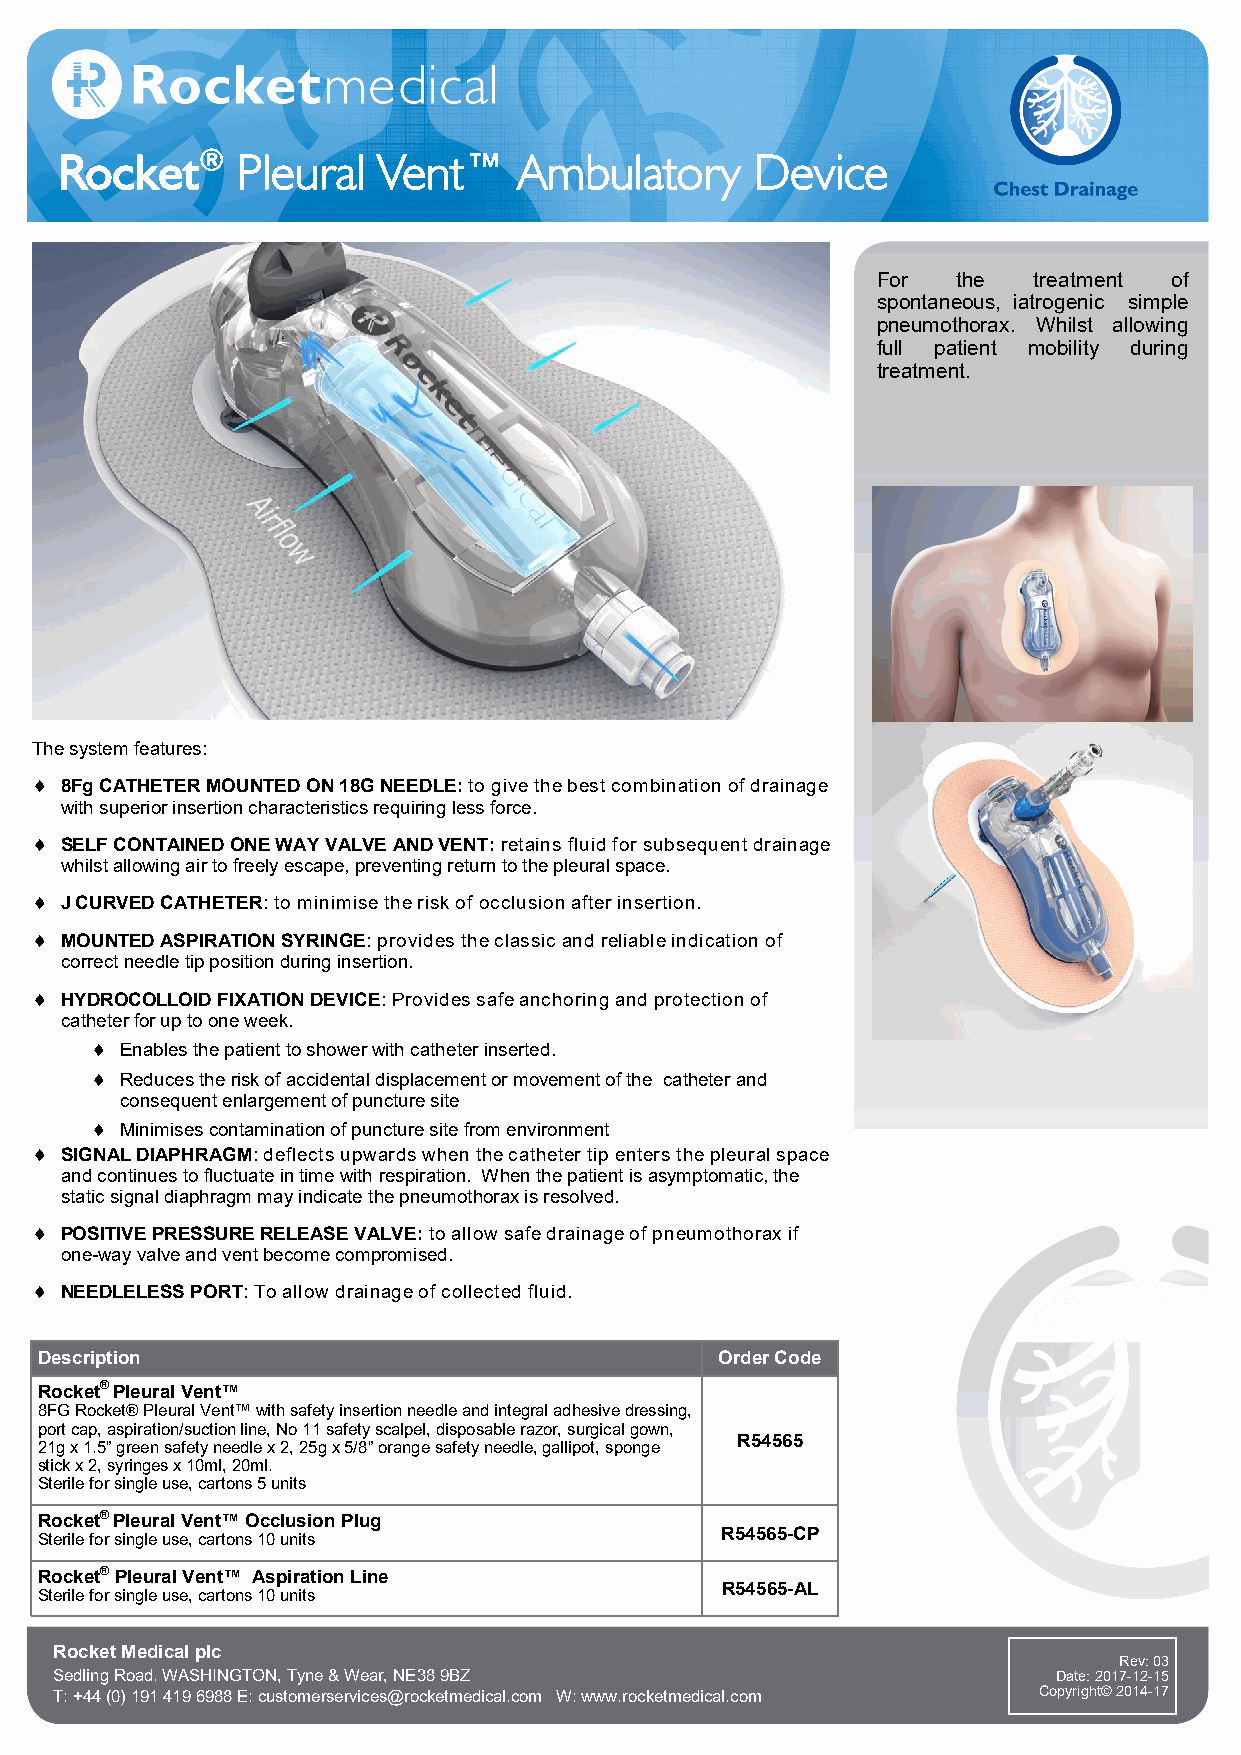
Rocket®     Pleural  Vent™    Ambulatory      Device
 For  the  treatment of
 spontaneous, iatrogenic simple
 pneumothorax. Whilst allowing
 full patient mobility during
 treatment.
 The system features:
  8Fg CATHETER MOUNTED ON 18G NEEDLE: to give the best combination of drainage
 with superior insertion characteristics requiring less force.
  SELF CONTAINED ONE WAY VALVE AND VENT: retains fluid for subsequent drainage
 whilst allowing air to freely escape, preventing return to the pleural space.
  J CURVED CATHETER: to minimise the risk of occlusion after insertion.
  MOUNTED ASPIRATION SYRINGE: provides the classic and reliable indication of
 correct needle tip position during insertion.
  HYDROCOLLOID FIXATION DEVICE: Provides safe anchoring and protection of
 catheter for up to one week.
  Enables the patient to shower with catheter inserted.
  Reduces the risk of accidental displacement or movement of the catheter and
 consequent enlargement of puncture site
  Minimises contamination of puncture site from environment
  SIGNAL DIAPHRAGM: deflects upwards when the catheter tip enters the pleural space
 and continues to fluctuate in time with respiration. When the patient is asymptomatic, the
 static signal diaphragm may indicate the pneumothorax is resolved.
  POSITIVE PRESSURE RELEASE VALVE: to allow safe drainage of pneumothorax if
 one-way valve and vent become compromised.
  NEEDLELESS PORT: To allow drainage of collected fluid.
 Description                                   Order Code
 Rocket® Pleural Vent™
 8FG Rocket® Pleural Vent™ with safety insertion needle and integral adhesive dressing,
 port cap, aspiration/suction line, No 11 safety scalpel, disposable razor, surgical gown,
 R54565
 21g x 1.5” green safety needle x 2, 25g x 5/8” orange safety needle, gallipot, sponge
 stick x 2, syringes x 10ml, 20ml.
 Sterile for single use, cartons 5 units
 Rocket® Pleural Vent™ Occlusion Plug
 R54565-CP
 Sterile for single use, cartons 10 units
 Rocket® Pleural Vent™ Aspiration Line
 R54565-AL
 Sterile for single use, cartons 10 units
 Rocket Medical plc
 Rev: 03
 Sedling Road. WASHINGTON, Tyne & Wear, NE38 9BZ                   Date: 2017-12-15
 T: +44 (0) 191 419 6988 E: customerservices@rocketmedical.com W: www.rocketmedical.com Copyright© 2014-17